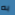
به